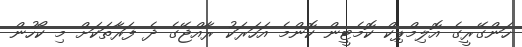
ހަންގޭރީގެ އޮލިމްޕިކް ކޮމެޓީން ކޮންމެ އަހަރަކު ރާއްޖޭގެ ދެ ފަރާތަކަށް މި ކޯހުން